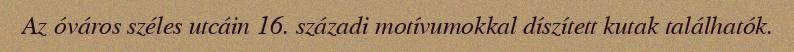
Az óváros széles utcáin 16. századi motívumokkal díszített kutak találhatók.